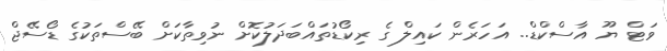
ވަޓް ޔޫ އާސްކްޑް.. އަހަރެން ކައިލް ގެ ރިކޯޑުތައްބަދަލުކޮށް ނުވިތާކަށް ބޭސްތަކުގެ ޑޯސޭޖް